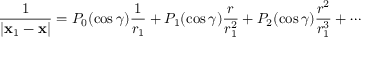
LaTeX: { \frac { 1 } { | \mathbf { x } _ { 1 } - \mathbf { x } | } } = P _ { 0 } ( \cos \gamma ) { \frac { 1 } { r _ { 1 } } } + P _ { 1 } ( \cos \gamma ) { \frac { r } { r _ { 1 } ^ { 2 } } } + P _ { 2 } ( \cos \gamma ) { \frac { r ^ { 2 } } { r _ { 1 } ^ { 3 } } } + \cdots